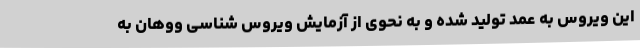
این ویروس به عمد تولید شده و به نحوی از آزمایش ویروس شناسی ووهان به